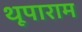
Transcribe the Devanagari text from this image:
थूपाराम